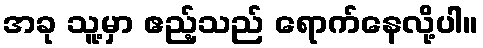
အခု သူ့မှာ ဧည့်သည် ရောက်နေလို့ပါ။